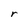
Character: r